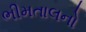
ભીમતાલનો